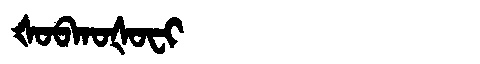
Manchu: ᡧᠣᠪᡴᠣᡧᠣᠸᡳ
Romanization: ŠOBKOŠOFI